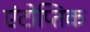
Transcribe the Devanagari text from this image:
एंटोप्तिक